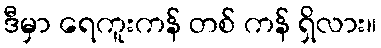
ဒီမှာ ရေကူးကန် တစ် ကန် ရှိလား။